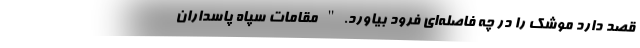
قصد دارد موشک را در چه فاصله‌ای فرود بیاورد." مقامات سپاه پاسداران